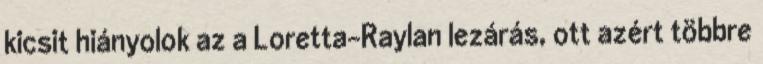
kicsit hiányolok az a Loretta-Raylan lezárás, ott azért többre